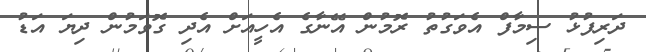
ދަރިފުޅު ސިމާފް އެވަގުތު ރޮމުން އޭނާގެ އެހީއަށް އެދި ގޮވަމުން ދިޔަ އަޑު